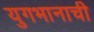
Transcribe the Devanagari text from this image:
युगभानाची